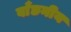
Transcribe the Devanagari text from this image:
वाँछनीय